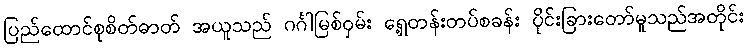
ပြည်ထောင်စုစိတ်ဓာတ် အယူသည် ဂင်္ဂါမြစ်ဝှမ်း ရှေ့တန်းတပ်စခန်း ပိုင်းခြားတော်မူသည်အတိုင်း